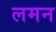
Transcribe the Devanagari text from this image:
लमन